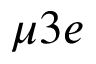
\mu 3 e